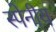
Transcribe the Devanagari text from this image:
स्पेनीय